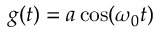
g ( t ) = a \cos ( \omega _ { 0 } t )